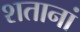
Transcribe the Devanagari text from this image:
शतानां